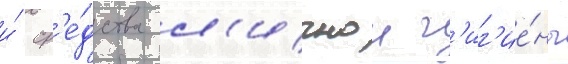
и́ ср'е́дства л'ичнои г'иг'ие́ны